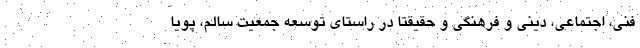
فنی، اجتماعی، دینی و فرهنگی و حقیقتا در راستای توسعه جمعیت سالم، پویا